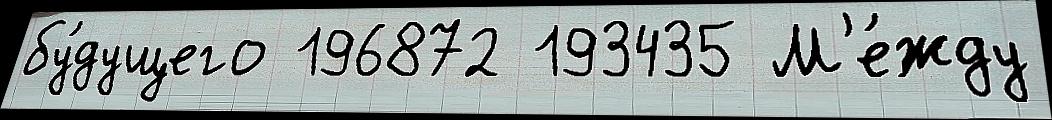
бу́дущего 196872 193435 М'е́жду